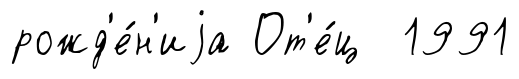
рожд'е́н'иjа От'е́ц 1991